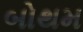
બોથમ